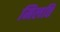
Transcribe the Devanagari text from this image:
मिलति